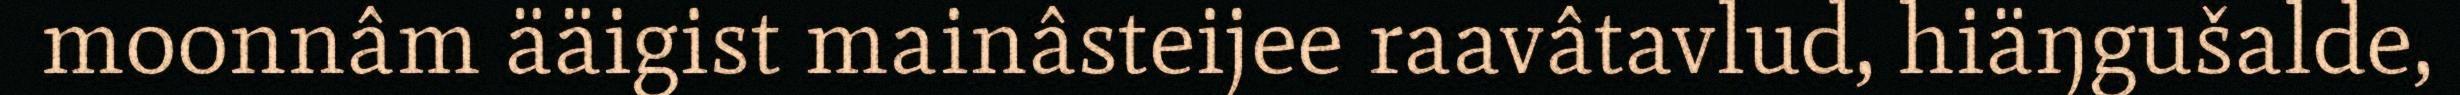
moonnâm ääigist mainâsteijee raavâtavlud, hiäŋgušalde,